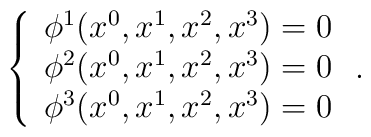
\left\{ \begin{array}{c}\phi ^1(x^0,x^1,x^2,x^3)=0 \\ \phi ^2(x^0,x^1,x^2,x^3)=0 \\ \phi ^3(x^0,x^1,x^2,x^3)=0 \end{array}\right. .